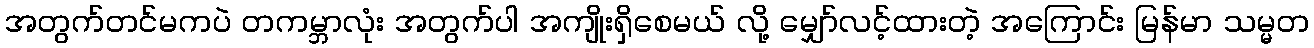
အတွက်တင်မကပဲ တကမ္ဘာလုံး အတွက်ပါ အကျိုးရှိစေမယ် လို့ မျှော်လင့်ထားတဲ့ အကြောင်း မြန်မာ သမ္မတ